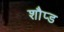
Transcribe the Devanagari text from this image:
शौप्ड